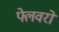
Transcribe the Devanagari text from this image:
फ्लेवरों